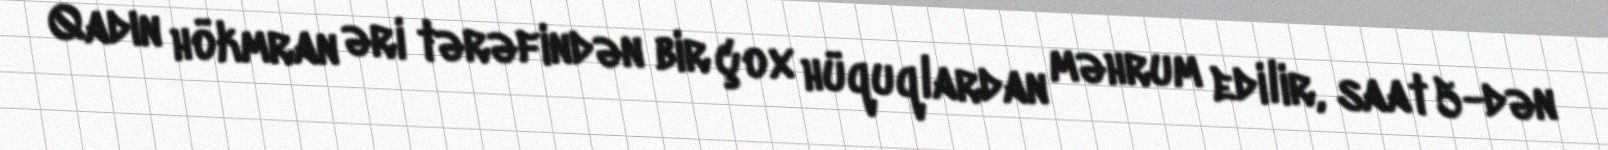
Qadın hökmran əri tərəfindən bir çox hüquqlardan məhrum edilir, saat 5-dən